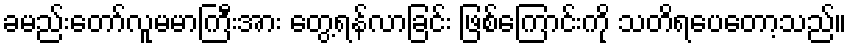
ခမည်းတော်လူမမာကြီးအား တွေ့ရန်လာခြင်း ဖြစ်ကြောင်းကို သတိရပေတော့သည်။